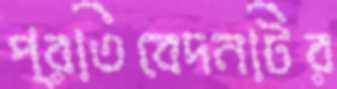
প্রতিবেদনটির